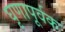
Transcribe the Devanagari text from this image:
घृणापूर्वक